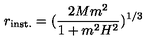
r _ { \mathrm { i n s t . } } = ( \frac { 2 M m ^ { 2 } } { 1 + m ^ { 2 } H ^ { 2 } } ) ^ { 1 / 3 }